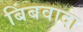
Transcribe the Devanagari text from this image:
बिंबवादा